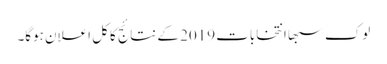
لوک سبھا انتخابات 2019 کے نتائج کا کل اعلان ہوگا۔